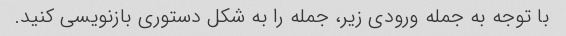
با توجه به جمله ورودی زیر، جمله را به شکل دستوری بازنویسی کنید.